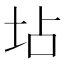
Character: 坫